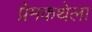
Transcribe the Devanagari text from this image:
प्रेमकथेला